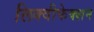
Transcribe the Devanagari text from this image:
लिक्वीफेक्शन